Indian journal of veterinary science and animal husbandry - Volume 13,
Year: 1943
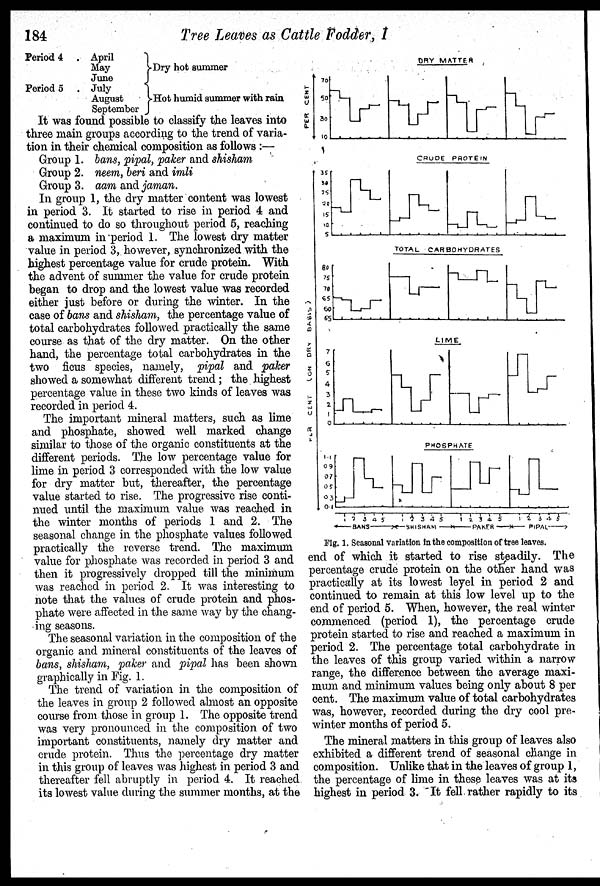
184
Tree Leaves as Cattle Fodder, I
Period 4
Period 5
. April
May
June
. July
August
September
Dry hot summer
Hot humid summer with rain
It was found possible to classify the leaves into
three main groups according to the trend of varia-
tion in their chemical composition as follows :—
Group 1.
Group 2.
Group 3.
bans, pipal, paker and shisham
neem, beri and imli
aam and jaman.
In group 1, the dry matter content was lowest
in period 3. It started to rise in period 4 and
continued to do so throughout period 5, reaching
a maximum in period 1. The lowest dry matter
value in period 3, however, synchronized with the
highest percentage value for crude protein. With
the advent of summer the value for crude protein
began to drop and the lowest value was recorded
either just before or during the winter. In the
case of bans and shisham, the percentage value of
total carbohydrates followed practically the same
course as that of the dry matter. On the other
hand, the percentage total carbohydrates in the
two ficus species, namely, pipal and paker
showed a somewhat different trend; the highest
percentage value in these two kinds of leaves was
recorded in period 4.
The important mineral matters, such as lime
and phosphate, showed well marked change
similar to those of the organic constituents at the
different periods. The low percentage value for
lime in period 3 corresponded with the low value
for dry matter but, thereafter, the percentage
value started to rise. The progressive rise conti-
nued until the maximum value was reached in
the winter months of periods 1 and 2. The
seasonal change in the phosphate values followed
practically the reverse trend. The maximum
value for phosphate was recorded in period 3 and
then it progressively dropped till the minimum
was reached in period 2. It was interesting to
note that the values of crude protein and phos-
phate were affected in the same way by the chang-
ing seasons.
The seasonal variation in the composition of the
organic and mineral constituents of the leaves of
bans, shisham, paker and pipal has been shown
graphically in Fig. 1.
The trend of variation in the composition of
the leaves in group 2 followed almost an opposite
course from those in group 1. The opposite trend
was very pronounced in the composition of two
important constituents, namely dry matter and
crude protein. Thus the percentage dry matter
in this group of leaves was highest in period 3 and
thereafter fell abruptly in period 4. It reached
its lowest value during the summer months, at the
end of which it started to rise steadily. The
percentage crude protein on the other hand was
practically at its lowest level in period 2 and
continued to remain at this low level up to the
end of period 5. When, however, the real winter
commenced (period 1), the percentage crude
protein started to rise and reached a maximum in
period 2. The percentage total carbohydrate in
the leaves of this group varied within a narrow
range, the difference between the average maxi-
mum and minimum values being only about 8 per
cent. The maximum value of total carbohydrates
was, however, recorded during the dry cool pre-
winter months of period 5.
The mineral matters in this group of leaves also
exhibited a different trend of seasonal change in
composition. Unlike that in the leaves of group 1,
the percentage of lime in these leaves was at its
highest in period 3. It fell rather rapidly to its
Fig. 1. Seasonal variation in the composition of tree leaves.